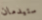
ستيدمان